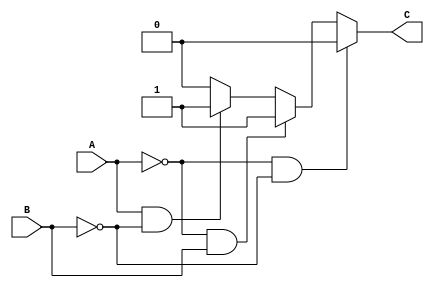
`timescale 1ns / 1ps
module Gate( A,B,C);

input A,B;
output reg C;

always @(A or B)
begin 
if(A==1'b0 && B==1'b0)
C=1'b0;
else if (A==1'b0 && B==1'b1)
C=1'b1;
else if (A==1'b1 && B==1'b0)
C=1'b1;
else 
C=1'b0;
end
endmodule